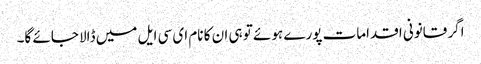
اگر قانونی اقدامات پورے ہوئے تو ہی ان کا نام ای سی ایل میں ڈالا جائے گا۔